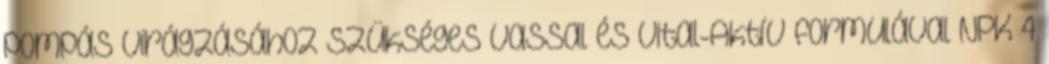
pompás virágzásához szükséges Vassal és Vital-Aktív formulával NPK 4